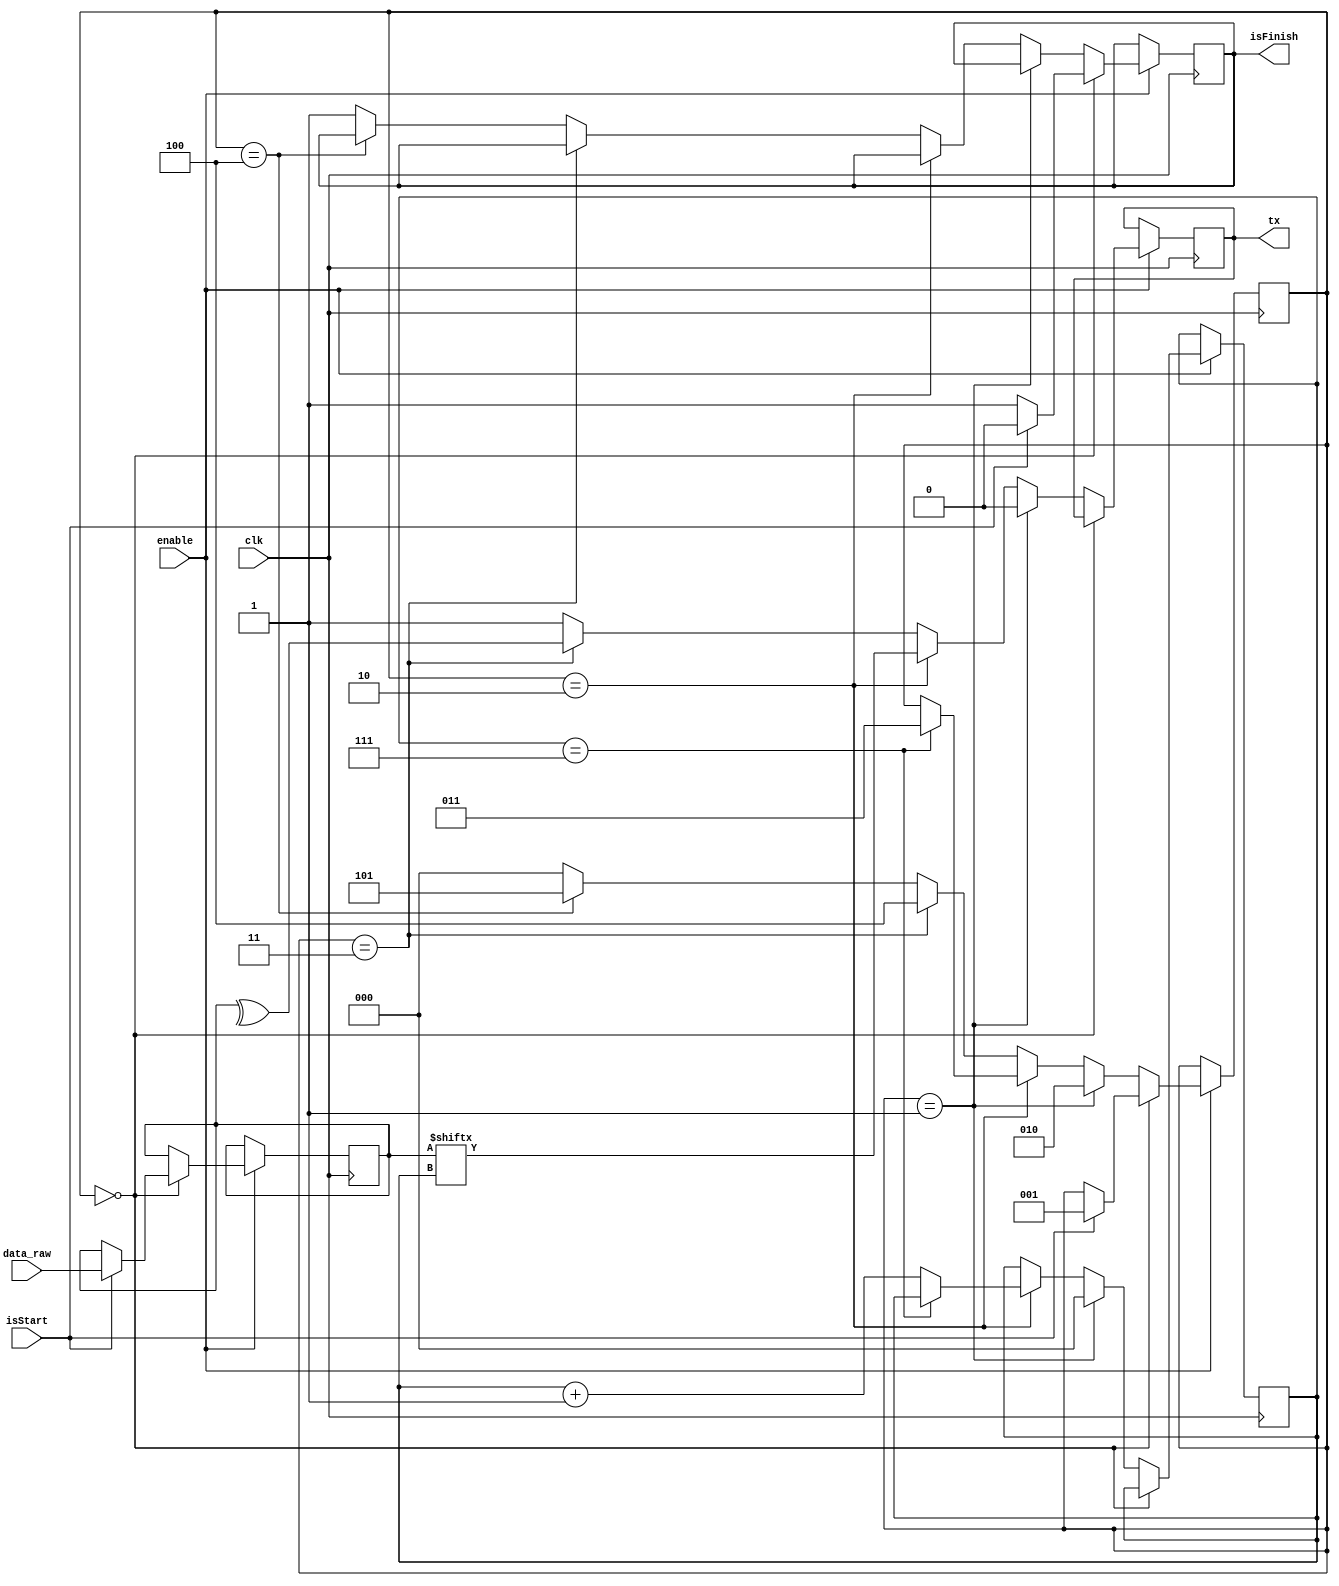
module Out_to_com(
  output reg isFinish,
  output reg tx,
  input isStart,
  input [7:0] data_raw,
  input clk,
  input enable );
  
  reg [2:0] state;
  wire parBit;
	
	reg [7:0] data;
  
  reg [2:0] i;
	
  assign parBit = ^data;
	
	initial begin
		state <= 0;
	end
  
  always @(posedge clk) begin
    if(enable) begin
      if(state == 0) begin
        isFinish = 1;
        if(isStart) begin
          isFinish = 0;
					data = data_raw;
          state = 1;
        end
      end
      else if(state == 1) begin
        tx = 0;
        state = 2;        
        i = 0;
      end
      else if(state == 2) begin
        tx = data[i];
        if(i == 7) begin
          state = 3;
        end
        else i = i + 1;
      end
      else if(state == 3) begin
        tx = parBit;
        state = 4;
      end
      else if(state == 4) begin
        tx = 1;
        state = 5;
      end
      else begin
        tx = 1;
				isFinish = 1;
        state = 0;
      end
    end
  end
  
endmodule